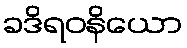
ခဒိရဝနိယော